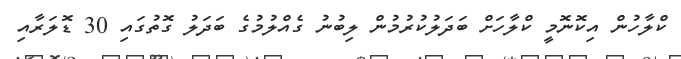
ކްލާހުން އިކޮނޮމީ ކްލާހަށް ބަދަލުކުރުމުން ލިބުނު ގެއްލުމުގެ ބަދަލު ގޮތުގައި 30 ޑޮލަރާއި